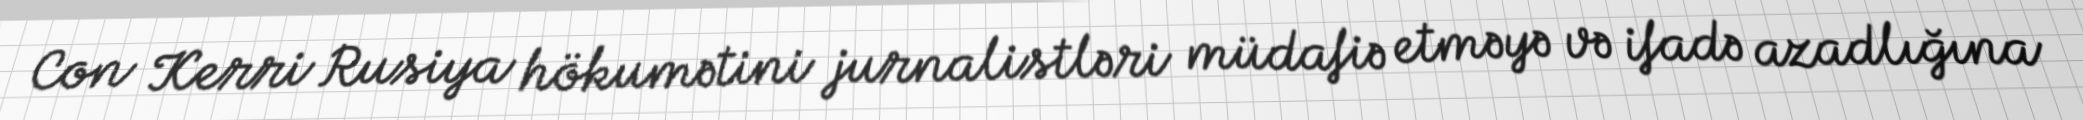
Con Kerri Rusiya hökumətini jurnalistləri müdafiə etməyə və ifadə azadlığına